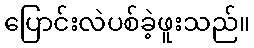
ပြောင်းလဲပစ်ခဲ့ဖူးသည်။